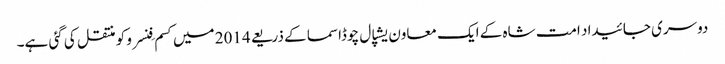
دوسری جائیداد امت شاہ کے ایک معاون یشپال چوڈاسما کے ذریعے 2014 میں کسم فِنسرو کو منتقل کی گئی ہے۔